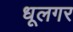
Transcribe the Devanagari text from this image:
धूलगर